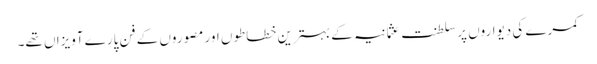
کمرے کی دیواروں پر سلطنت عثمانیہ کے بہترین خطاطوں اور مصوروں کے فن پارے آویزاں تھے۔